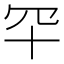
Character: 𦉲